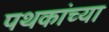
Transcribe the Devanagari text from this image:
पथकांच्या